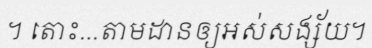
។ តោះ...តាមដានឲ្យអស់សង្ស័យ។